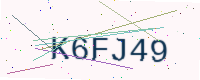
Text: K6FJ49